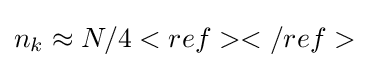
n_{k}\approx N/4<ref></ref>